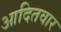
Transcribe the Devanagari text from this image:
आदितवार